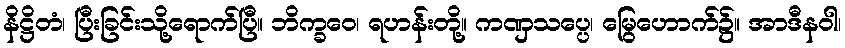
နိဋ္ဌိတံ၊ ပြီးခြင်းသို့ရောက်ပြီ။ ဘိက္ခဝေ၊ ရဟန်းတို့။ ကဏှသပ္ပေ၊ မြွေဟောက်၌။ အာဒီနဝါ၊